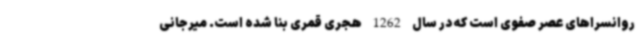
روانسراهای عصر صفوی است که در سال 1262 هجری قمری بنا شده است. میرجانی